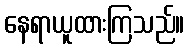
နေရာယူထားကြသည်။